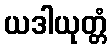
ယဒါယုတ္တံ